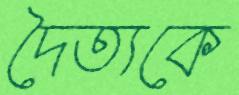
দৈত্যকে